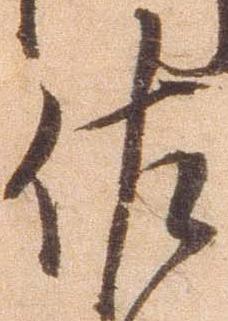
佐